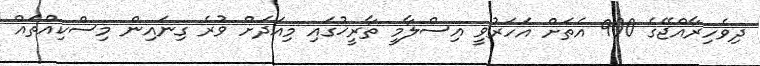
ދިވެހިރާއްޖޭގެ 900 އެތަށް އަހަރުވީ އިސްލާމީ ތާރީޚުގައި މިއަދަށް ވުރެ ގިނައިން މިސްކިއްތައް